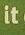
it